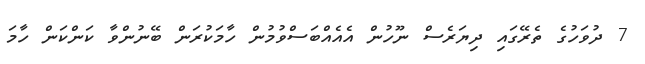
7 ދުވަހުގެ ތެރޭގައި ދިޔަރެސް ނޫހުން އެއެއްބަސްވުމުން ހާމަކުރަން ބޭނުންވާ ކަންކަން ހާމަ